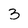
Character: 3